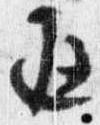
返